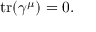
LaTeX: \operatorname { t r } ( \gamma ^ { \mu } ) = 0 .